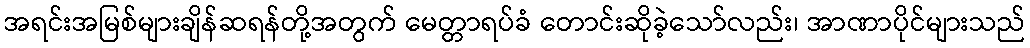
အရင်းအမြစ်များချိန်ဆရန်တို့အတွက် မေတ္တာရပ်ခံ တောင်းဆိုခဲ့သော်လည်း၊ အာဏာပိုင်များသည်